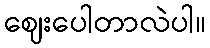
ဈေးပေါတာလဲပါ။